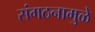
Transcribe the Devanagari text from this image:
संगठनामुळे